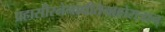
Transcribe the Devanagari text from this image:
प्रहासीरनेनाधीतेनाहोरात्रान्